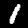
Digit: 1